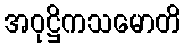
အဝုဋ္ဌိကသမောတိ